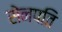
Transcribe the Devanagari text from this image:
सेनपति